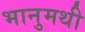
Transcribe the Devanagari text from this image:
भानुमथी